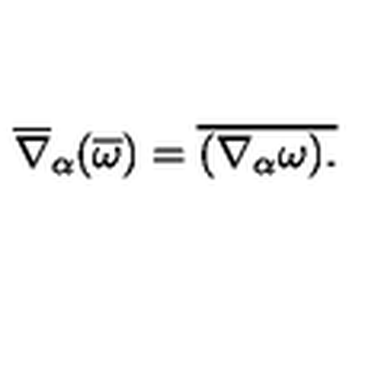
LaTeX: \overline { { \nabla } } _ { \alpha } ( \overline { { \omega } } ) = \overline { { ( \nabla _ { \alpha } \omega ) . } }